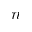
n